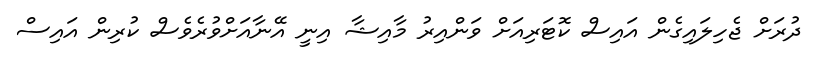
ދުރަށް ޖެހިލައިގެން އައިސް ކޮޓަރިއަށް ވަންއިރު މާއިޝާ އިނީ އޭނާއަށްވުރެވެސް ކުރިން އައިސް